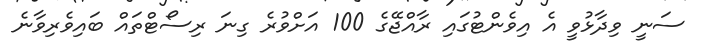
ސަނީ ވިދާޅުވީ އެ އިވެންޓުގައި ރާއްޖޭގެ 100 އަށްވުރެ ގިނަ ރިސޯޓްތައް ބައިވެރިވާނެ